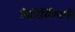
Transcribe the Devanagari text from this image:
विनिर्मित्यनी